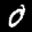
Label: 0